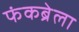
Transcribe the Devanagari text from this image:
फंकब्रेला